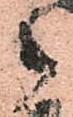
御